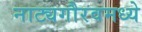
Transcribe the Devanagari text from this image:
नाट्यगौरवमध्ये